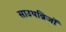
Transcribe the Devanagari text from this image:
साउथब्रिजों